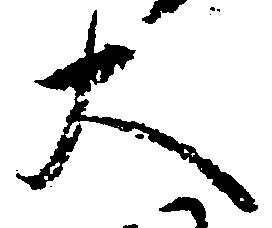
大